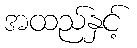
အထည်နှင့်